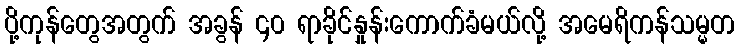
ပို့ကုန်တွေအတွက် အခွန် ၄၀ ရာခိုင်နှုန်းကောက်ခံမယ်လို့ အမေရိကန်သမ္မတ